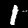
Digit: 1